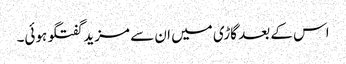
اس کے بعد گاڑی میں ان سے مزید گفتگو ہوئی۔